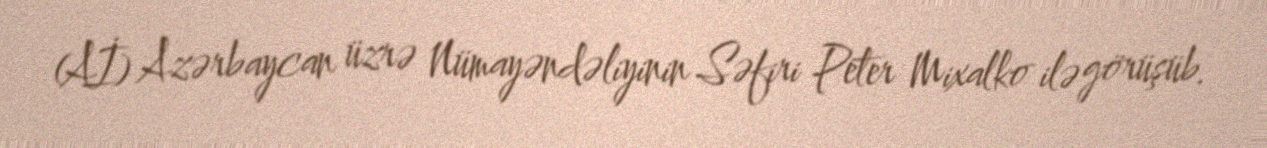
(Aİ) Azərbaycan üzrə Nümayəndəliyinin Səfiri Peter Mixalko ilə görüşüb.